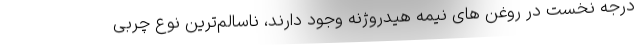
درجه نخست در روغن های نیمه هیدروژنه وجود دارند، ناسالم‌ترین نوع چربی